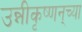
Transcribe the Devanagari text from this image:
उन्नीकृष्णन्‌च्या